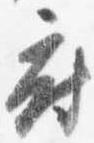
府